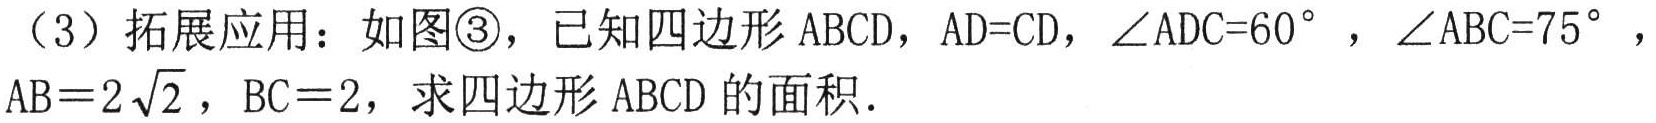
（3）拓展应用：如图\textcircled{3}，已知四边形\(ABCD\)，\(AD = CD\)，\(\angle ADC = 60^{\circ}\)，\(\angle ABC = 75^{\circ}\)，\(AB = 2\sqrt{2}\)，\(BC = 2\)，求四边形\(ABCD\)的面积．